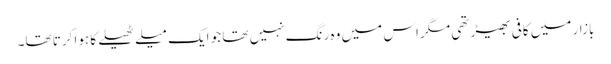
بازار میں کافی بھیڑ تھی مگر اس میں وہ رنگ نہیں تھا جو ایک میلے ٹھیلے کا ہوا کرتا تھا۔